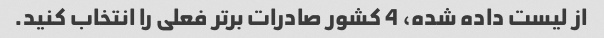
از لیست داده شده، 4 کشور صادرات برتر فعلی را انتخاب کنید.